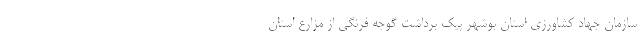
سازمان جهاد کشاورزی استان بوشهر پیک برداشت گوجه فرنگی از مزارع استان